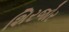
શિરજોર